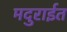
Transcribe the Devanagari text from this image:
मदुराईत